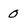
Character: 0